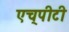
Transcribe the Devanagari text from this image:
एच्‌पीटी